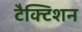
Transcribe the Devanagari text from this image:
टैक्टिशन